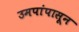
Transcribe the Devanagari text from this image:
उमपांपासून